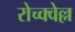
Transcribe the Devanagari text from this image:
रोच्क्वेल्ल